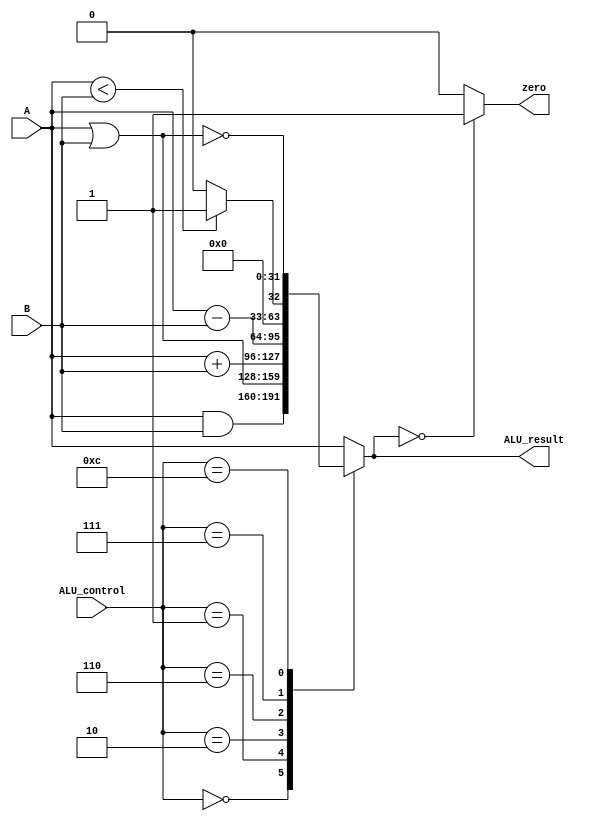
module ALU(ALU_result,zero,ALU_control,A,B);
output reg [31:0]ALU_result;
output reg zero;
input [3:0] ALU_control;
input [31:0] A,B;

always@(*)
begin
	case(ALU_control)
	4'b0:
		ALU_result <= A & B;
	4'b1:
		ALU_result <= A | B;
	4'b0010:
		ALU_result <= A + B;
	4'b0110:
		ALU_result <= A - B;		
	4'b0111:
		if(A < B)
			ALU_result <= 32'b1;	
		else
			ALU_result <= 32'b0;	
	4'b1100:
		ALU_result <= ~(A | B);
	default:
		ALU_result <= A;
	endcase
	if(ALU_result == 32'b0)
		zero <= 1'b1;
	else
		zero <= 1'b0;
end
endmodule